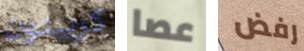
كريبتون عصا رفض